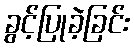
ခွင့်ပြုခဲ့ခြင်း